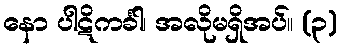
နော ပါဋိကင်္ခါ၊ အလိုမရှိအပ်။ (၃)